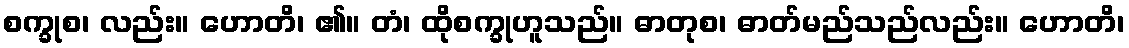
စက္ခုစ၊ လည်း။ ဟောတိ၊ ၏။ တံ၊ ထိုစက္ခုဟူသည်။ ဓာတုစ၊ ဓာတ်မည်သည်လည်း။ ဟောတိ၊